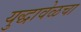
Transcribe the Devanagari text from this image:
युद्धावेळचा